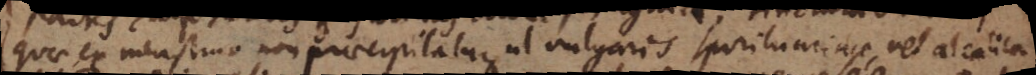
quae ex menstruo non praecipitatur, ut vulgaris spiritu urinae vel alcalica